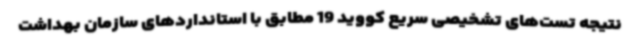
نتیجه تست‌های تشخیصی سریع کووید 19 مطابق با استانداردهای سازمان بهداشت